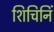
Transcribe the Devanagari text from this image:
शिचिनिं